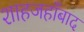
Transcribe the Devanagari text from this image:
शाहजहाँबाद